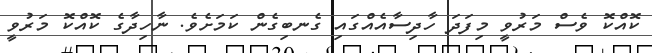
ކޮއްކޮ ވެސް މަރުވީ މިފަދަ ހާދިސާއެއްގައި ގެނބިގެން ކަމަށެވެ. ނާހިދާގެ ކޮއްކޮ މަރުވީ